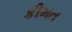
કીમત